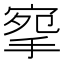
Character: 𢮘